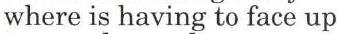
where is having to face up